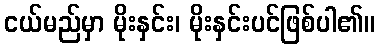
ငယ်မည်မှာ မိုးနှင်း၊ မိုးနှင်းပင်ဖြစ်ပါ၏။